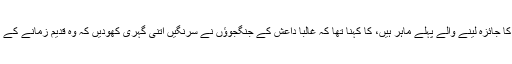
صالح نعمان، جو کہ ان نوادرات کا جائزہ لینے والے پہلے ماہر ہیں، کا کہنا تھا کہ غالباً داعش کے جنگجوﺅں نے سرنگیں اتنی گہری کھودیں کہ وہ قدیم زمانے کے زیر زمین مندروں تک جاپہنچیں۔